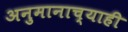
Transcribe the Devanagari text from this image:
अनुमानाच्याही